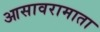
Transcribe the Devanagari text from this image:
आसावरामाता